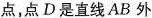
点，点D是直线AB外